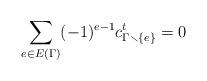
LaTeX: \begin{align*}\sum_{e\in E(\Gamma)}(-1)^{e-1}c^t_{\Gamma\smallsetminus \{e\}} = 0\end{align*}